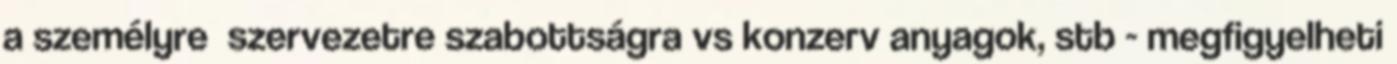
a személyre szervezetre szabottságra vs konzerv anyagok, stb - megfigyelheti